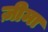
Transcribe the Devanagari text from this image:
ज़ीमा